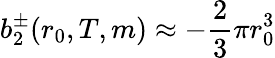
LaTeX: b_{2}^{\pm}(r_{0},T,m)\approx-\frac{2}{3}\pi r_{0}^{3}